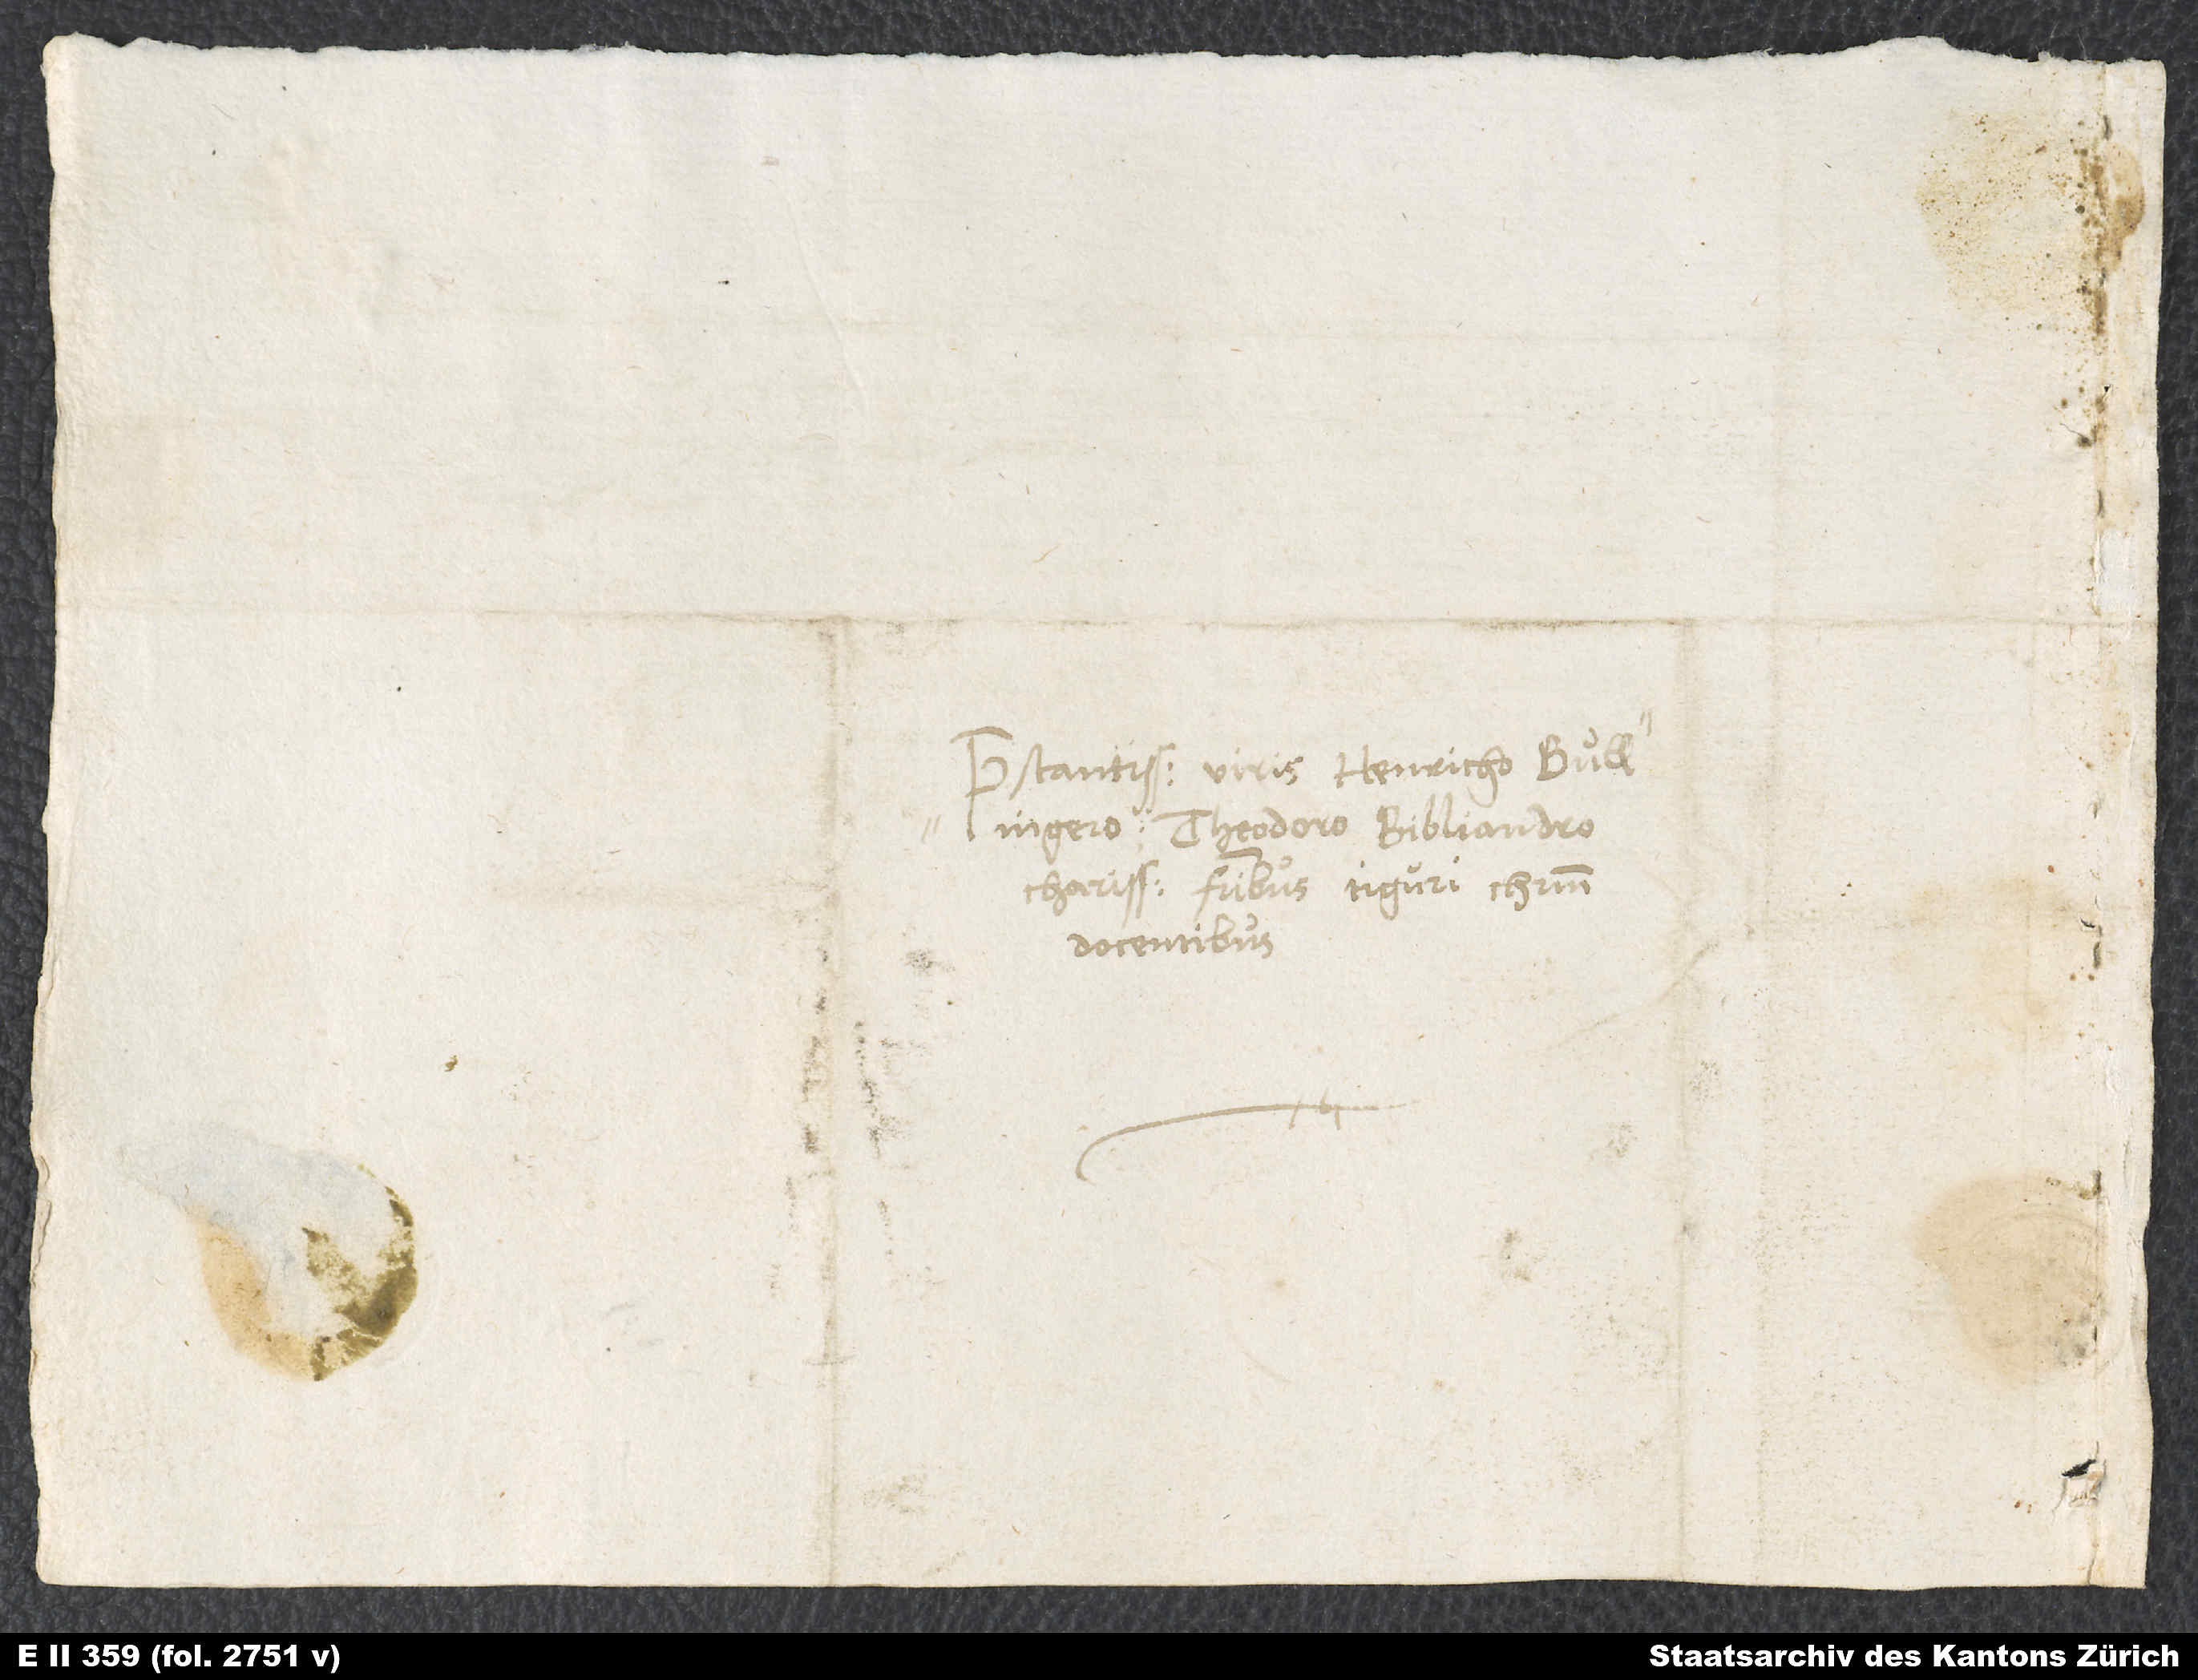
Praestantissimis viris Henricho Bullingero,
Theodoro Bibliandro,
charissimis fratribus Tiguri Christum
docentibus.